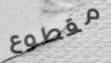
مقطوع